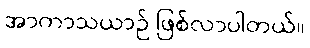
အာကာသယာဉ် ဖြစ်လာပါတယ်။